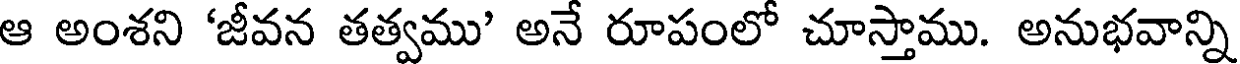
ఆ అంశని 'జీవన తత్వము' అనే రూపంలో చూస్తాము. అనుభవాన్ని